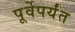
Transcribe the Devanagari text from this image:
पूर्वेपर्यंत